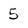
Character: 5